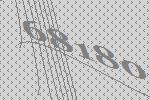
68180